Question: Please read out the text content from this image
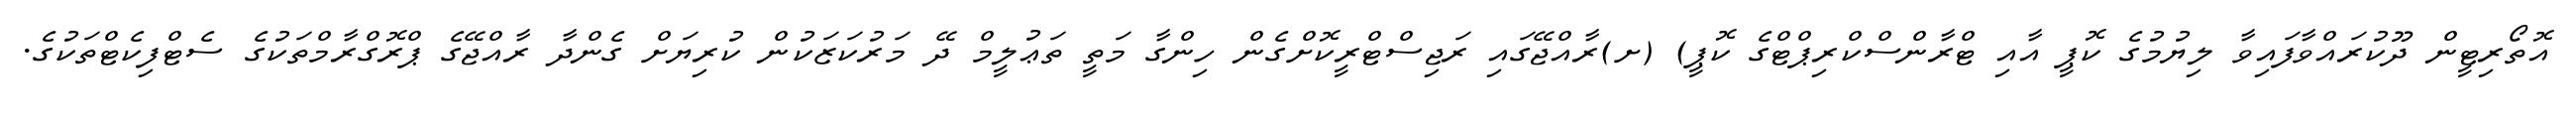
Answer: އޮތޯރިޓީން ދޫކުރައްވާފައިވާ ލިޔުމުގެ ކޮޕީ އާއި ޓްރާންސްކްރިޕްޓްގެ ކޮޕީ) (ށ)ރާއްޖޭގައި ރަޖިސްޓްރީކޮށްގެން ހިންގާ މަތީ ތަޢުލީމް ދޭ މަރުކަޒަކުން ކުރިޔަށް ގެންދާ ރާއްޖޭގެ ޕްރޮގްރާމްތަކުގެ ސެޓްފިކެޓްތަކުގެ.